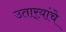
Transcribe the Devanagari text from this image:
उतार्‍यांचे